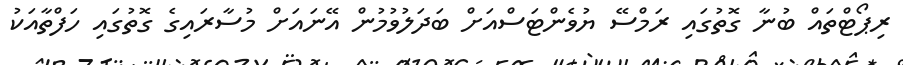
ރިޕޯޓްތައް ބުނާ ގޮތުގައި ރަމްސޭ ޔުވެންޓަސްއަށް ބަދަލުވުމުން އޭނައަށް މުސާރައިގެ ގޮތުގައި ހަފްތާއަކު